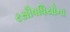
રસૌષધિયોના